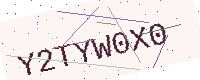
Text: Y2TYW0X0